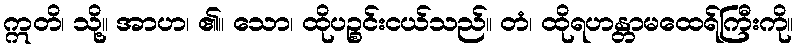
ဣတိ၊ သို့။ အာဟ၊ ၏။ သော၊ ထိုပဉ္စင်းငယ်သည်။ တံ၊ ထိုရဟန္တာမထေရ်ကြီးကို။